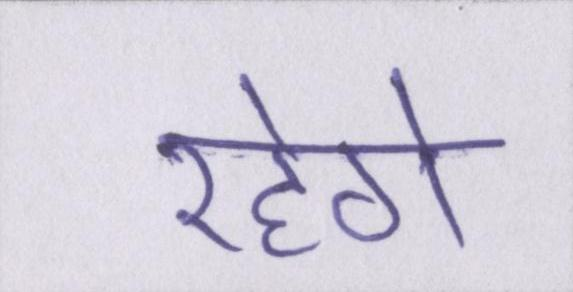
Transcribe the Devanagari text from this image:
रहेगे